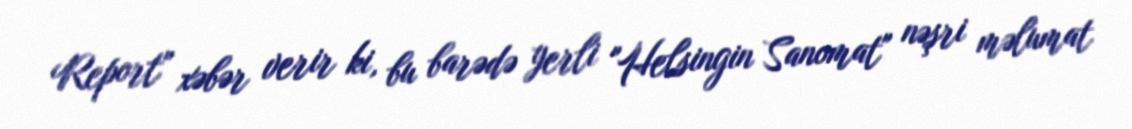
Report" xəbər verir ki, bu barədə yerli "Helsingin Sanomat" nəşri məlumat